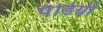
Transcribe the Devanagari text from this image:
पैडिग्री